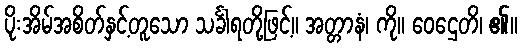
ပိုးအိမ်အစိတ်နှင့်တူသော သင်္ခါရတို့ဖြင့်။ အတ္တာနံ၊ ကို။ ဝေဌေတိ၊ ၏။